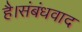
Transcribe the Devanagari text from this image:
है।संबंधवाद